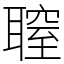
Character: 䏄